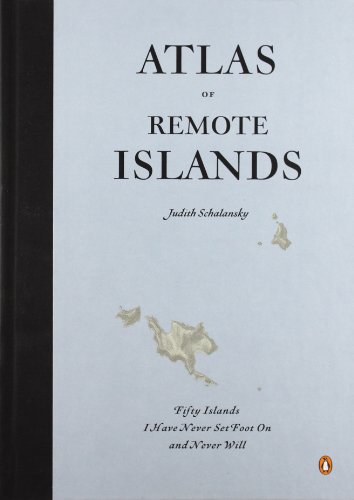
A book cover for Atlas of Remote Islands; Judith Schalansky; Reference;